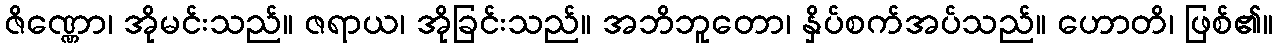
ဇိဏ္ဏော၊ အိုမင်းသည်။ ဇရာယ၊ အိုခြင်းသည်။ အဘိဘူတော၊ နှိပ်စက်အပ်သည်။ ဟောတိ၊ ဖြစ်၏။